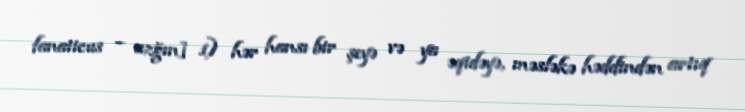
fanaticus – azğın] 1) hər hansı bir şeyə və ya əqidəyə, məsləkə həddindən artıq